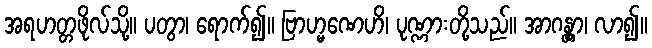
အရဟတ္တဖိုလ်သို့။ ပတွာ၊ ရောက်၍။ ဗြာဟ္မဏေဟိ၊ ပုဏ္ဏားတို့သည်။ အာဂန္တွာ၊ လာ၍။